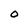
Character: 0